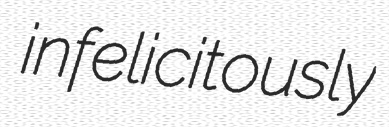
infelicitously